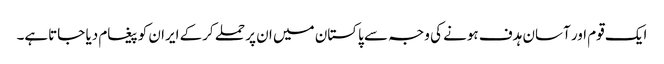
ایک قوم اور آسان ہدف ہونے کی وجہ سے پاکستان میں ان پر حملے کرکے ایران کو پیغام دیا جاتاہے۔